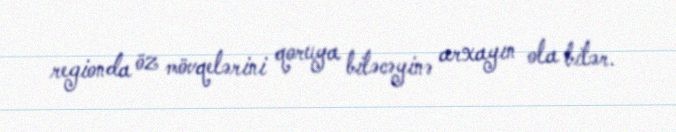
regionda öz mövqelərini qoruya biləcəyinə arxayın ola bilər.